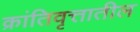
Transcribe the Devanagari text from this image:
क्रांतिवृत्तातील